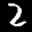
Label: 2